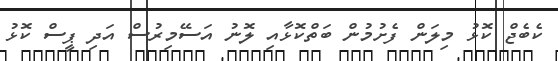
ކެބެޖް ކޮޅު މިލަން ފެށުމުން ބަތްކޮޅާއި ލޮނު އަސޭމިރުސް އަދި ޕީސް ކޮޅު